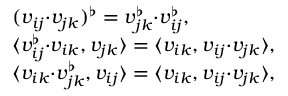
\begin{array} { r l } & { ( v _ { i j } { \boldsymbol { \cdot } } v _ { j k } ) ^ { \flat } = v _ { j k } ^ { \flat } { \boldsymbol { \cdot } } v _ { i j } ^ { \flat } , } \\ & { \langle v _ { i j } ^ { \flat } { \boldsymbol { \cdot } } v _ { i k } , v _ { j k } \rangle = \langle v _ { i k } , v _ { i j } { \boldsymbol { \cdot } } v _ { j k } \rangle , } \\ & { \langle v _ { i k } { \boldsymbol { \cdot } } v _ { j k } ^ { \flat } , v _ { i j } \rangle = \langle v _ { i k } , v _ { i j } { \boldsymbol { \cdot } } v _ { j k } \rangle , } \end{array}